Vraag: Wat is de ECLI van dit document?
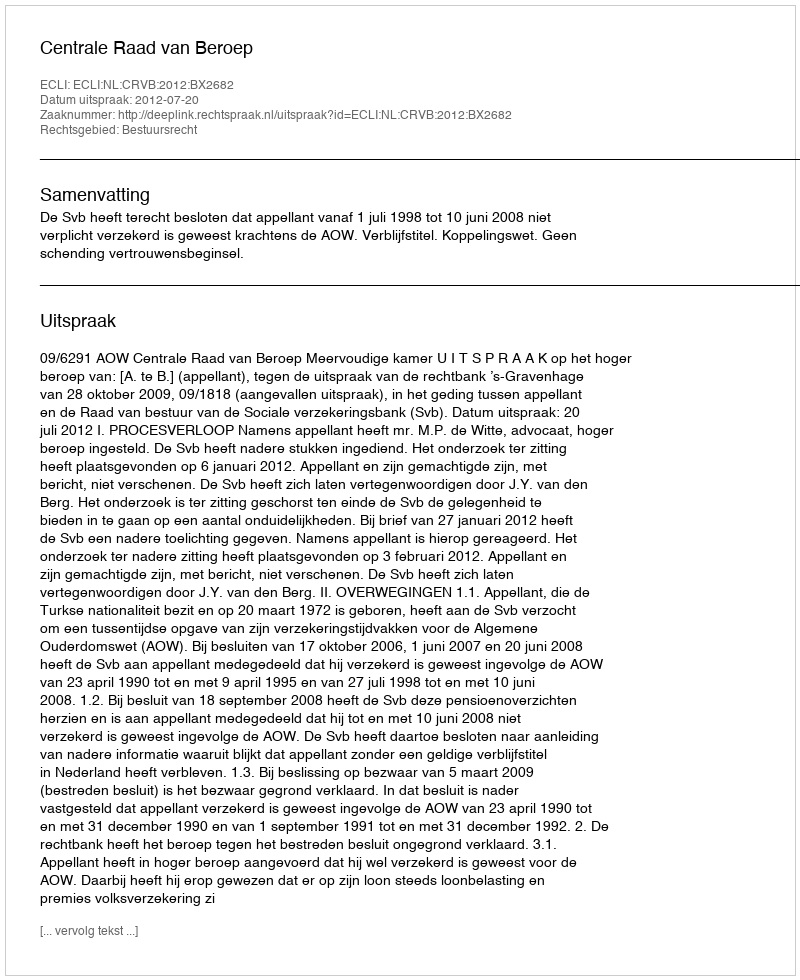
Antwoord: ECLI:NL:CRVB:2012:BX2682